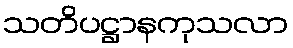
သတိပဋ္ဌာနကုသလာ